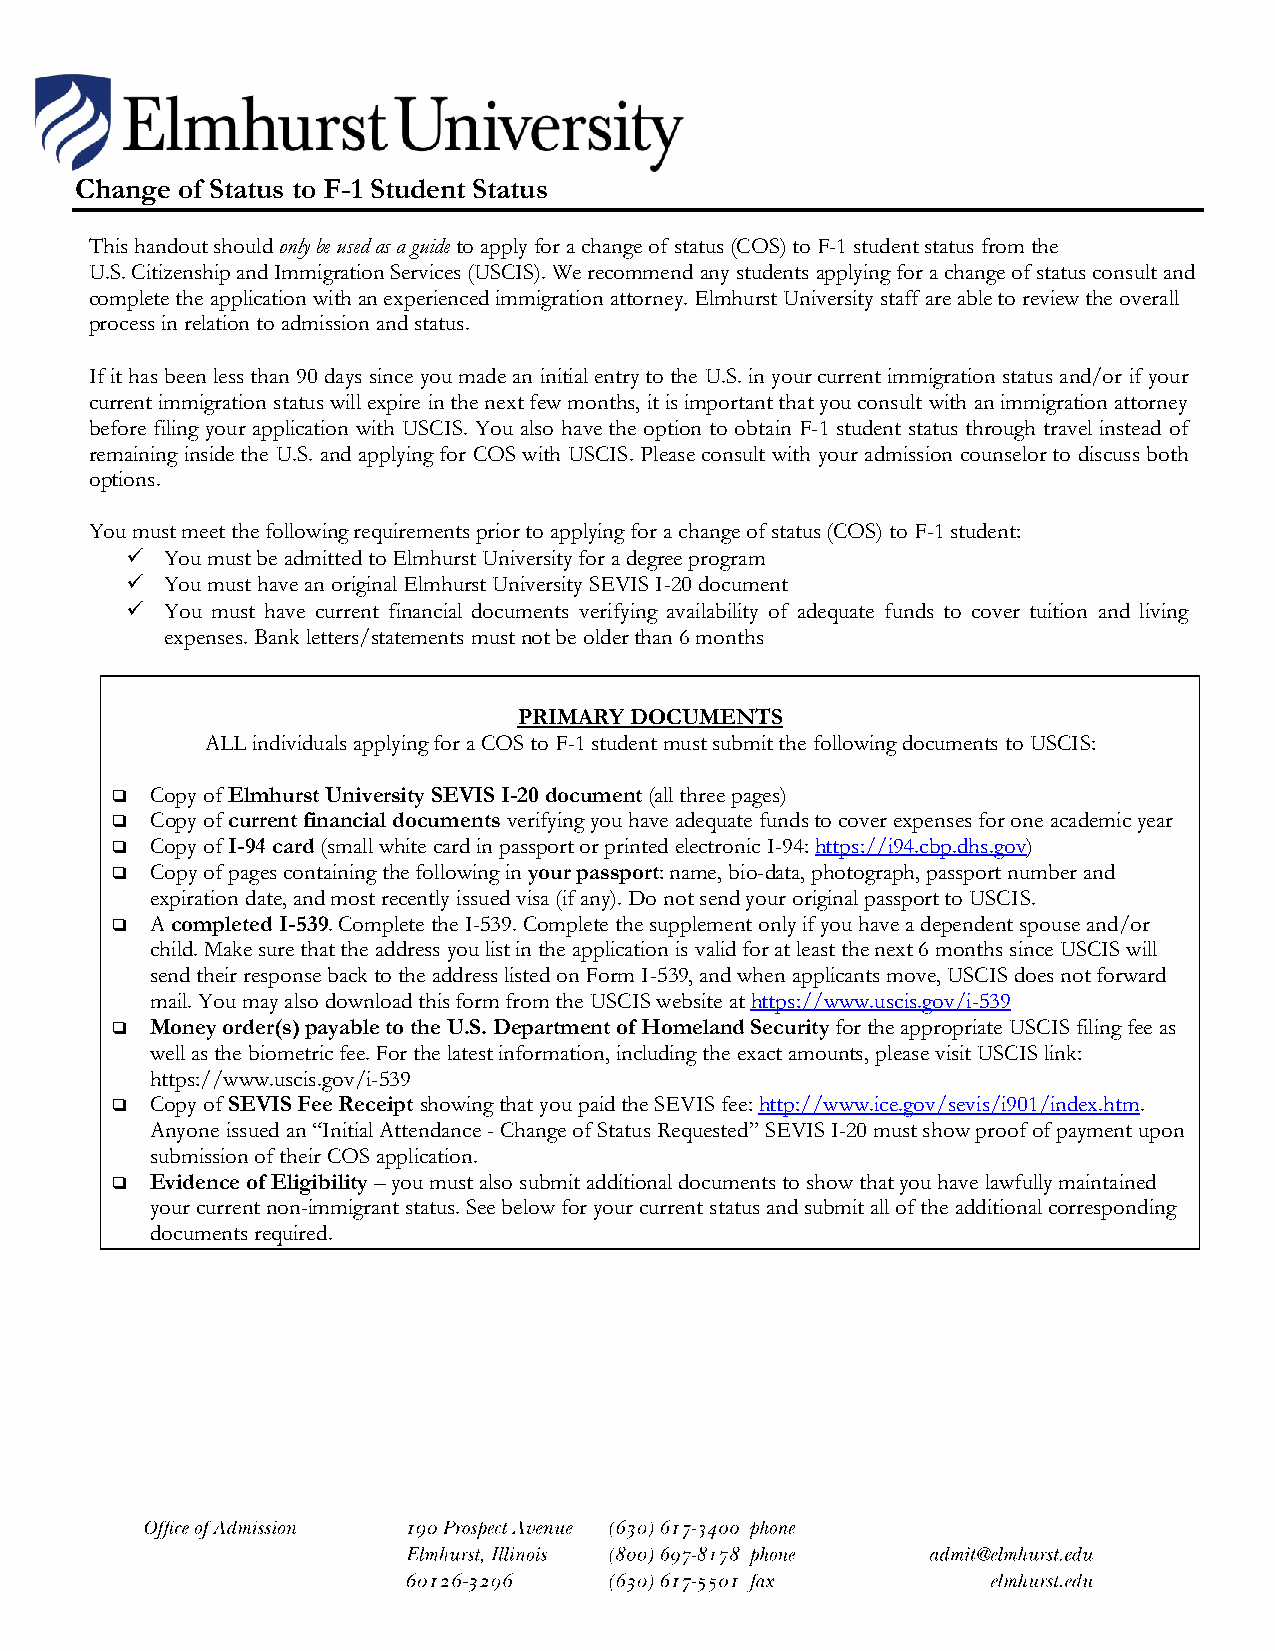
Change of Status to F-1 Student Status
 This handout should only be used as a guide to apply for a change of status (COS) to F-1 student status from the
 U.S. Citizenship and Immigration Services (USCIS). We recommend any students applying for a change of status consult and
 complete the application with an experienced immigration attorney. Elmhurst University staff are able to review the overall
 process in relation to admission and status.
 If it has been less than 90 days since you made an initial entry to the U.S. in your current immigration status and/or if your
 current immigration status will expire in the next few months, it is important that you consult with an immigration attorney
 before filing your application with USCIS. You also have the option to obtain F-1 student status through travel instead of
 remaining inside the U.S. and applying for COS with USCIS. Please consult with your admission counselor to discuss both
 options.
 You must meet the following requirements prior to applying for a change of status (COS) to F-1 student:
 ✓  You must be admitted to Elmhurst University for a degree program
 ✓  You must have an original Elmhurst University SEVIS I-20 document
 ✓  You must have current financial documents verifying availability of adequate funds to cover tuition and living
 expenses. Bank letters/statements must not be older than 6 months
 PRIMARY DOCUMENTS
 ALL individuals applying for a COS to F-1 student must submit the following documents to USCIS:
 ❑  Copy of Elmhurst University SEVIS I-20 document (all three pages)
 ❑  Copy of current financial documents verifying you have adequate funds to cover expenses for one academic year
 ❑  Copy of I-94 card (small white card in passport or printed electronic I-94: https://i94.cbp.dhs.gov)
 ❑  Copy of pages containing the following in your passport: name, bio-data, photograph, passport number and
 expiration date, and most recently issued visa (if any). Do not send your original passport to USCIS.
 ❑  A completed I-539. Complete the I-539. Complete the supplement only if you have a dependent spouse and/or
 child. Make sure that the address you list in the application is valid for at least the next 6 months since USCIS will
 send their response back to the address listed on Form I-539, and when applicants move, USCIS does not forward
 mail. You may also download this form from the USCIS website at https://www.uscis.gov/i-539
 ❑  Money order(s) payable to the U.S. Department of Homeland Security for the appropriate USCIS filing fee as
 well as the biometric fee. For the latest information, including the exact amounts, please visit USCIS link:
 https://www.uscis.gov/i-539
 ❑  Copy of SEVIS Fee Receipt showing that you paid the SEVIS fee: http://www.ice.gov/sevis/i901/index.htm.
 Anyone issued an “Initial Attendance - Change of Status Requested” SEVIS I-20 must show proof of payment upon
 submission of their COS application.
 ❑  Evidence of Eligibility – you must also submit additional documents to show that you have lawfully maintained
 your current non-immigrant status. See below for your current status and submit all of the additional corresponding
 documents required.